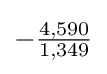
-{\tfrac {4,590}{1,349}}